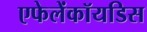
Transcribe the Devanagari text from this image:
एफेलेंकॉयडिस